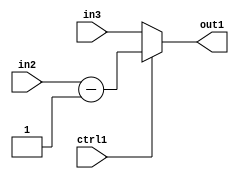
`timescale 1ps / 1ps
/*****************************************************************************
    Verilog RTL Description
    
    
    Created by: Stratus DpOpt 2019.1.01 
*******************************************************************************/

module in_buff_MuxSubi1u3u3u1_1 (
	in3,
	in2,
	ctrl1,
	out1
	); /* architecture "behavioural" */ 
input [2:0] in3,
	in2;
input  ctrl1;
output [2:0] out1;
wire [2:0] asc001,
	asc003;

assign asc003 = 
	+(in2)
	-(3'B001);

reg [2:0] asc001_tmp_0;
assign asc001 = asc001_tmp_0;
always @ (ctrl1 or asc003 or in3) begin
	case (ctrl1)
		1'B1 : asc001_tmp_0 = asc003 ;
		default : asc001_tmp_0 = in3 ;
	endcase
end

assign out1 = asc001;
endmodule

/* CADENCE  uLn1Sw4= : u9/ySgnWtBlWxVPRXgAZ4Og= ** DO NOT EDIT THIS LINE ******/